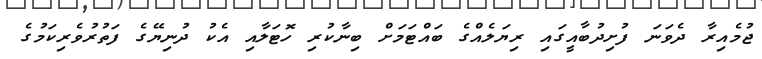
ޖުމެއިރާ ދެވަނަ ފުށިދުބާއީގައި ރިޔަލެއްގެ ބައްޓަމަށް ބިނާކުރި ހޮޓަލާއި އެކު ދުނިޔޭގެ ފަތުރުވެރިކަމުގެ